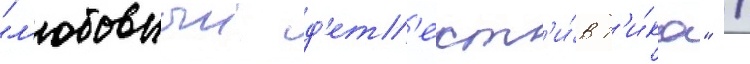
"л'юбовныи д'ет'ект'и́в т'и́ка" /